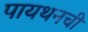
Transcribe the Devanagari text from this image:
पायथनची